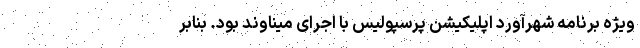
ویژه برنامه شهرآورد اپلیکیشن پرسپولیس با اجرای میناوند بود. بنابر